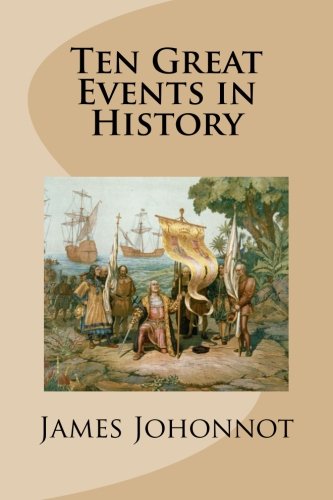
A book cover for Ten Great Events in History; James Johonnot; Test Preparation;